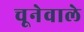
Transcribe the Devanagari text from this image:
चूनेवाले